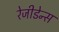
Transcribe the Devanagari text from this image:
रेजीडेन्स